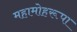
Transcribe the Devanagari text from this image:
महामोहरूपा